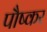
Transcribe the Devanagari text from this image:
पौष्कर